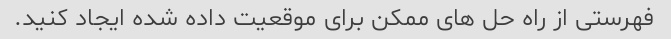
فهرستی از راه حل های ممکن برای موقعیت داده شده ایجاد کنید.